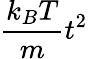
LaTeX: \frac{k_{B}T}{m}t^{2}